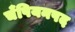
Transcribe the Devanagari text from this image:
चँपियनपद